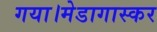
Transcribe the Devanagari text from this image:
गया।मेडागास्कर